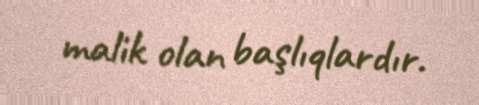
malik olan başlıqlardır.